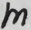
m